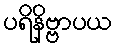
ပရိနိဗ္ဗာပယ